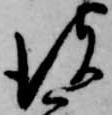
彼